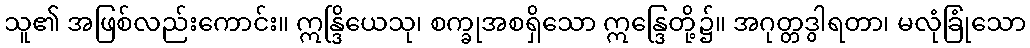
သူ၏ အဖြစ်လည်းကောင်း။ ဣန္ဒြိယေသု၊ စက္ခုအစရှိသော ဣန္ဒြေတို့၌။ အဂုတ္တဒွါရတာ၊ မလုံခြုံသော